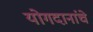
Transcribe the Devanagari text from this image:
योगदानांचे